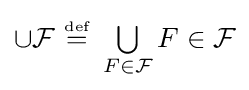
\cup {\mathcal {F}}~{\stackrel {\scriptscriptstyle {\text{def}}}{=}}~\textstyle \bigcup \limits _{F\in {\mathcal {F}}}F\in {\mathcal {F}}